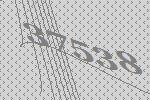
37538